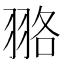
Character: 𦐦